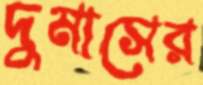
দুমাসের